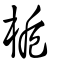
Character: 梔